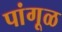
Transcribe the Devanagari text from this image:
पांगूळ